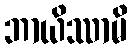
ဘာယိဿာမိ